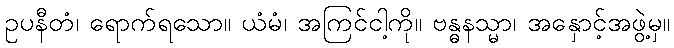
ဥပနီတံ၊ ရောက်ရသော။ ယံမံ၊ အကြင်ငါ့ကို။ ဗန္ဓနသ္မာ၊ အနှောင့်အဖွဲ့မှ။